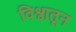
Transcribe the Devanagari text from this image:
विश्वातून